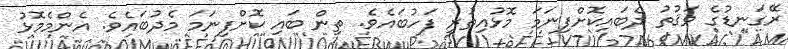
ރޭގަނޑުގެ ވަޤުތު ދެބައިކޮށްފިނަމަ މޮޅުއިތުރީ ފަހުބައެވެ. ތިން ބައި ކޮށްފިނަމަ މެދުބައެވެ. އެންމެމޮޅު